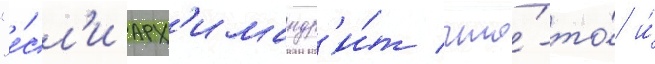
"е́сл'и арх'имандр'и́т что́-то́ и́